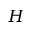
H